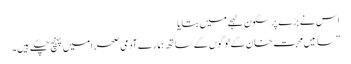
اس نے بڑے پر سکون لہجے میں بتایا
”سائیں محبت خان کے لوگوں کے ساتھ ہمارے آدمی صحرا میں پہنچ چکے ہیں۔